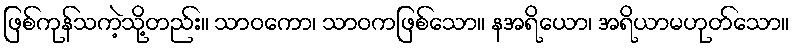
ဖြစ်ကုန်သကဲ့သို့တည်း။ သာဝကော၊ သာဝကဖြစ်သော။ နအရိယော၊ အရိယာမဟုတ်သော။